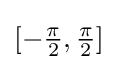
{\textstyle [-{\frac {\pi }{2}},{\frac {\pi }{2}}]}